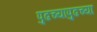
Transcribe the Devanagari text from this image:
पुढच्यापुढच्या